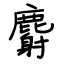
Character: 麝